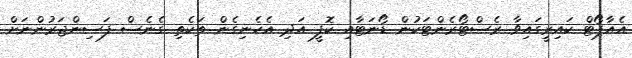
އެއާޕޯޓް ކައިރީގައިވާ ރެސްޓޯރެންޓަކުން ޑޯނަޓާއި ކޮފީ އަދި އެހެނިގެން ތަކެތި ގެނެސް ފަސިންޖަރުންނަށް